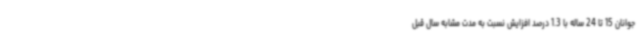
جوانان 15 تا 24 ساله با 1.3 درصد افزایش نسبت به مدت مشابه سال قبل